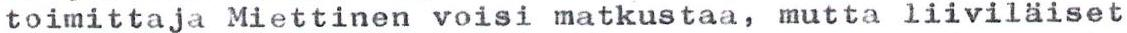
toimittaja Miettinen voisi matkustaa, mutta liiviläiset